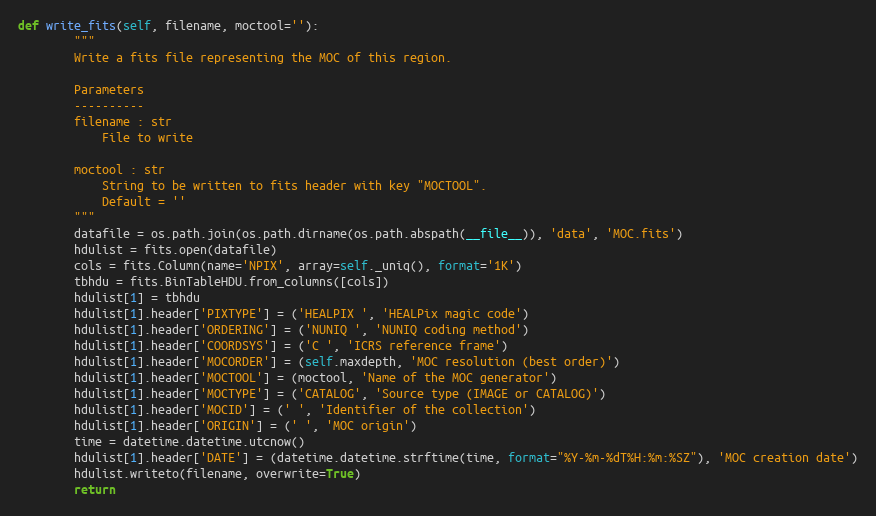
Language: Python
def write_fits(self, filename, moctool=''):
        """
        Write a fits file representing the MOC of this region.

        Parameters
        ----------
        filename : str
            File to write

        moctool : str
            String to be written to fits header with key "MOCTOOL".
            Default = ''
        """
        datafile = os.path.join(os.path.dirname(os.path.abspath(__file__)), 'data', 'MOC.fits')
        hdulist = fits.open(datafile)
        cols = fits.Column(name='NPIX', array=self._uniq(), format='1K')
        tbhdu = fits.BinTableHDU.from_columns([cols])
        hdulist[1] = tbhdu
        hdulist[1].header['PIXTYPE'] = ('HEALPIX ', 'HEALPix magic code')
        hdulist[1].header['ORDERING'] = ('NUNIQ ', 'NUNIQ coding method')
        hdulist[1].header['COORDSYS'] = ('C ', 'ICRS reference frame')
        hdulist[1].header['MOCORDER'] = (self.maxdepth, 'MOC resolution (best order)')
        hdulist[1].header['MOCTOOL'] = (moctool, 'Name of the MOC generator')
        hdulist[1].header['MOCTYPE'] = ('CATALOG', 'Source type (IMAGE or CATALOG)')
        hdulist[1].header['MOCID'] = (' ', 'Identifier of the collection')
        hdulist[1].header['ORIGIN'] = (' ', 'MOC origin')
        time = datetime.datetime.utcnow()
        hdulist[1].header['DATE'] = (datetime.datetime.strftime(time, format="%Y-%m-%dT%H:%m:%SZ"), 'MOC creation date')
        hdulist.writeto(filename, overwrite=True)
        return